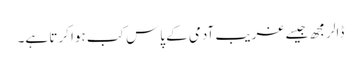
ڈالر مجھ جیسے غریب آدمی کے پاس کب ہوا کرتا ہے۔